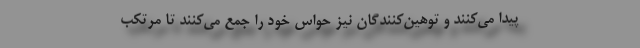
پیدا می‌کنند و توهین‌کنندگان نیز حواس خود را جمع می‌کنند تا مرتکب